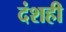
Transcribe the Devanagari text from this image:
दंशही